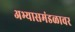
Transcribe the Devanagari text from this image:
अभ्यासमंडळावर